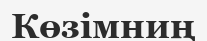
Көзімниң